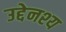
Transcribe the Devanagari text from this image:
उद्देनश्‍य